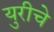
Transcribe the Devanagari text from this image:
युरीचे